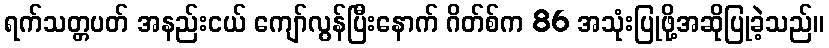
ရက်သတ္တပတ် အနည်းငယ် ကျော်လွန်ပြီးနောက် ဂိတ်စ်က 86 အသုံးပြုဖို့အဆိုပြုခဲ့သည်။